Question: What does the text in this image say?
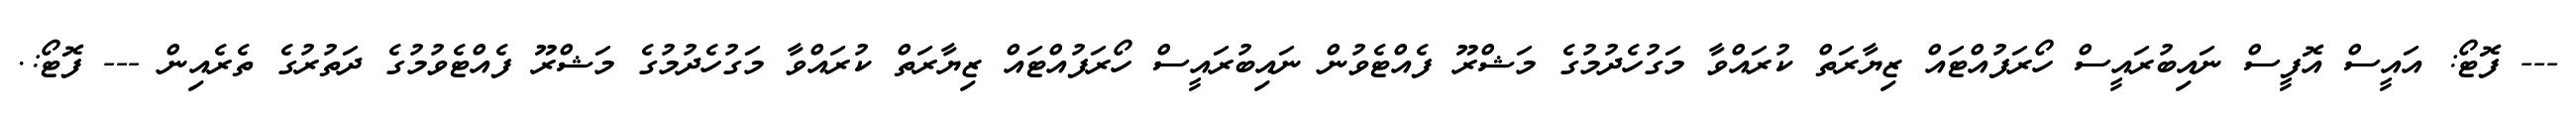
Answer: --- ފޮޓޯ: އައީސް އޮފީސް ނައިބުރައީސް ހޯރަފުއްޓައް ޒިޔާރަތް ކުރައްވާ މަގުހެދުމުގެ މަޝްރޫ ފެއްޓެވުން ނައިބުރައީސް ހޯރަފުއްޓައް ޒިޔާރަތް ކުރައްވާ މަގުހެދުމުގެ މަޝްރޫ ފެއްޓެވުމުގެ ދަތުރުގެ ތެރެއިން --- ފޮޓޯ:.